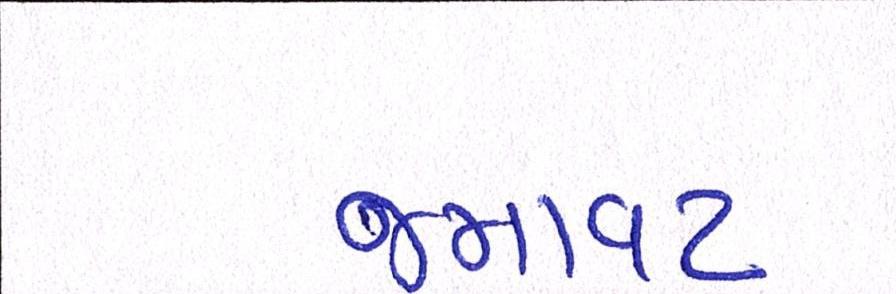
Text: જમાવટ